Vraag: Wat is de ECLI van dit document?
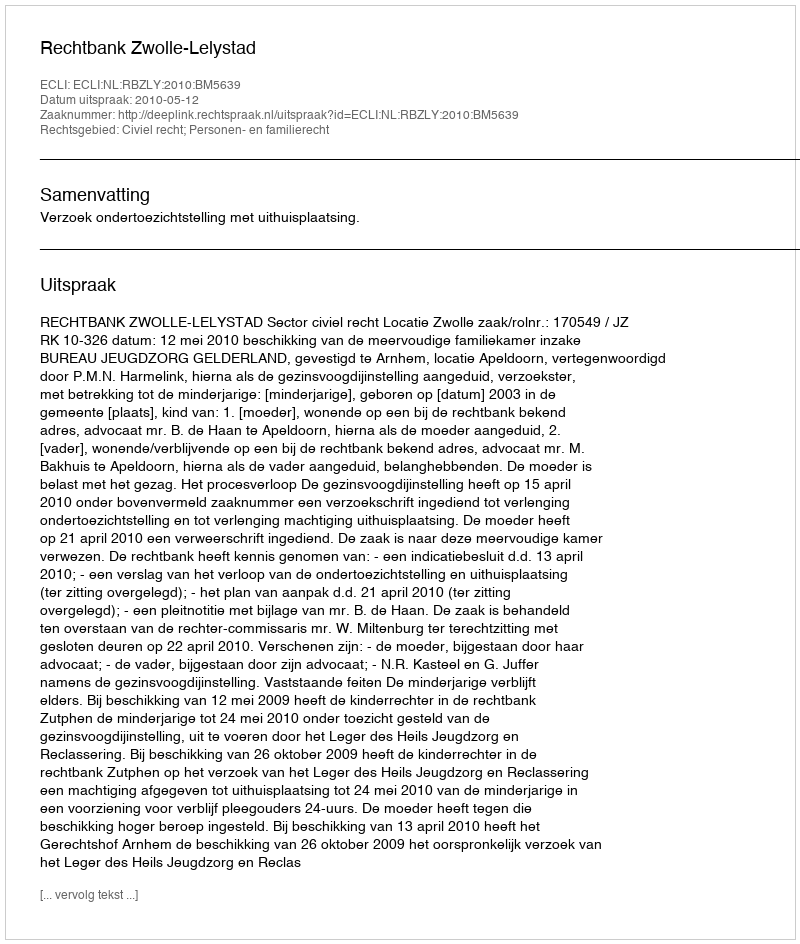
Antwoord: ECLI:NL:RBZLY:2010:BM5639